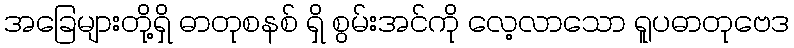
အခြေများတို့ရှိ ဓာတုစနစ် ရှိ စွမ်းအင်ကို လေ့လာသော ရူပဓာတုဗေဒ